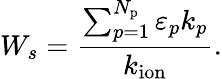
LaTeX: W_{s}=\frac{\sum_{p=1}^{N_{\mathrm{p}}}\varepsilon_{p}k_{p}}{k_{\mathrm{ion}}}.